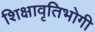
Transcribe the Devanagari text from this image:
शिक्षावृतिभोगी